Scottish Leaving Certificate Examination, 1954
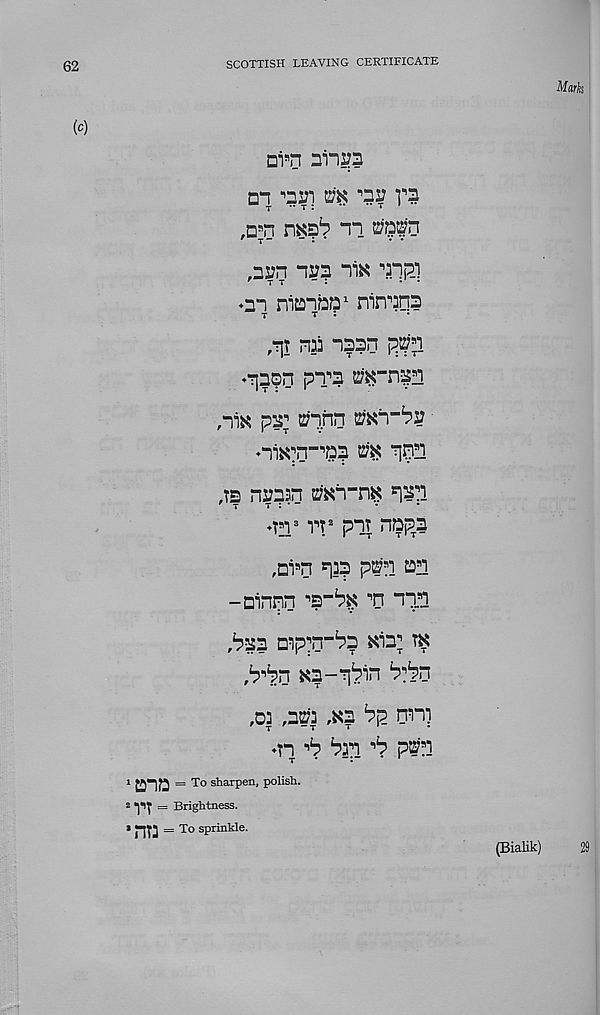
SCOTTISH LEAVING CERTIFICATE
Di a n ninp
o"! m m
r?
,D s n hks^ ti
,2S?n ivn niK a npj
♦m nianbQ 1 nin^ns
t
t :
,*?]T nai naan
^son pT? ^_np
,-iik pa; a;inn
,ts nsnsn
r i^l
>n s vt 2 pit nDp x n
,Di # n -ap p© s i an
-Dinipn
’’D Tin
,^a3 mpp’^a nit m
,b ai pn
,oa ,aaa ,^a bp nni
«n T bai ,, b pan
Mark
1 ana = To siiar P en ’ p°i ish -
8 TT = Brightness.
* J-ft] = To sprinkle.
(Bialik)
29